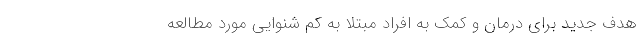
هدف جدید برای درمان و کمک به افراد مبتلا به کم شنوایی مورد مطالعه